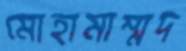
মোহামাম্মদ